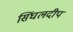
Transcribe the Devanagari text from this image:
सिंघलदीप